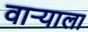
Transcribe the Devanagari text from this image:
वाऱ्याला